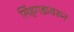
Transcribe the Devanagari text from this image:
सिंहगडावरून